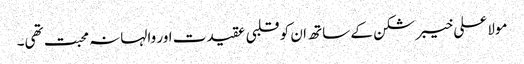
مولا علی خیبر شکن کے ساتھ ان کو قلبی عقیدت اور والہانہ محبت تھی۔